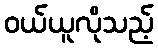
ဝယ်ယူလိုသည့်